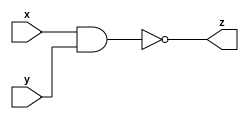
module NAND(z,x,y);
  input x,y;
  wire t;
  output z;
  assign t=x&y;
  assign z=~t;
endmodule